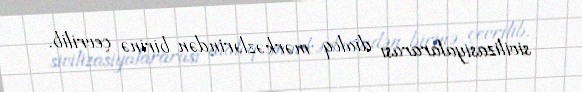
sivilizasiyalararası dialoq mərkəzlərindən birinə çevrilib.